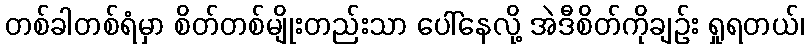
တစ်ခါတစ်ရံမှာ စိတ်တစ်မျိုးတည်းသာ ပေါ်နေလို့ အဲဒီစိတ်ကိုချဉ်း ရှုရတယ်၊